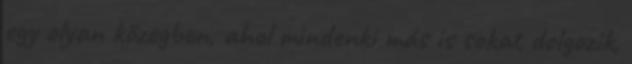
egy olyan közegben, ahol mindenki más is sokat dolgozik,